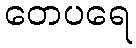
တေပရေ